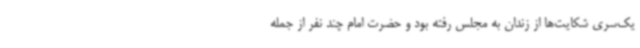
یک‌سری شکایت‌ها از زندان به مجلس رفته بود و حضرت امام چند نفر از جمله